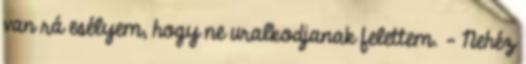
van rá esélyem, hogy ne uralkodjanak felettem. – Nehéz